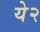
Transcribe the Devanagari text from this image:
ये२